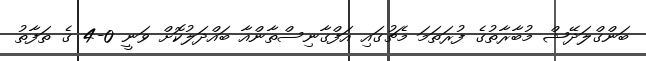
ބަންގްލަދޭޝް މުބާރާތުގެ ފުރަތަމަ މެޗުގައި އަފްގާނިސްތާންއާ ބައްދަލުކޮށް ވަނީ 0-4 ގެ ތަފާތު